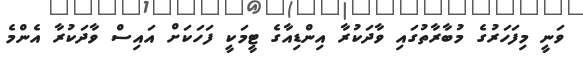
ވަނީ މިފަހަރުގެ މުބާރާތުގައި ވާދަކުރާ އިންޑިއާގެ ޓީމަކީ ފަހަކަށް އައިސް ވާދަކުރާ އެންމެ